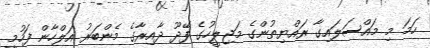
ހަމަ މި މައްސަލައިގާ ރައްޔިތުންގެ މަޖިލީހުގެ ފޭދޫ ދާއިރާގެ މެންބަރު އަލްހާން ފަހުމީ